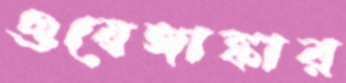
ওয়েঙ্গাঙ্কার